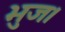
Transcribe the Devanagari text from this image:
भुज।